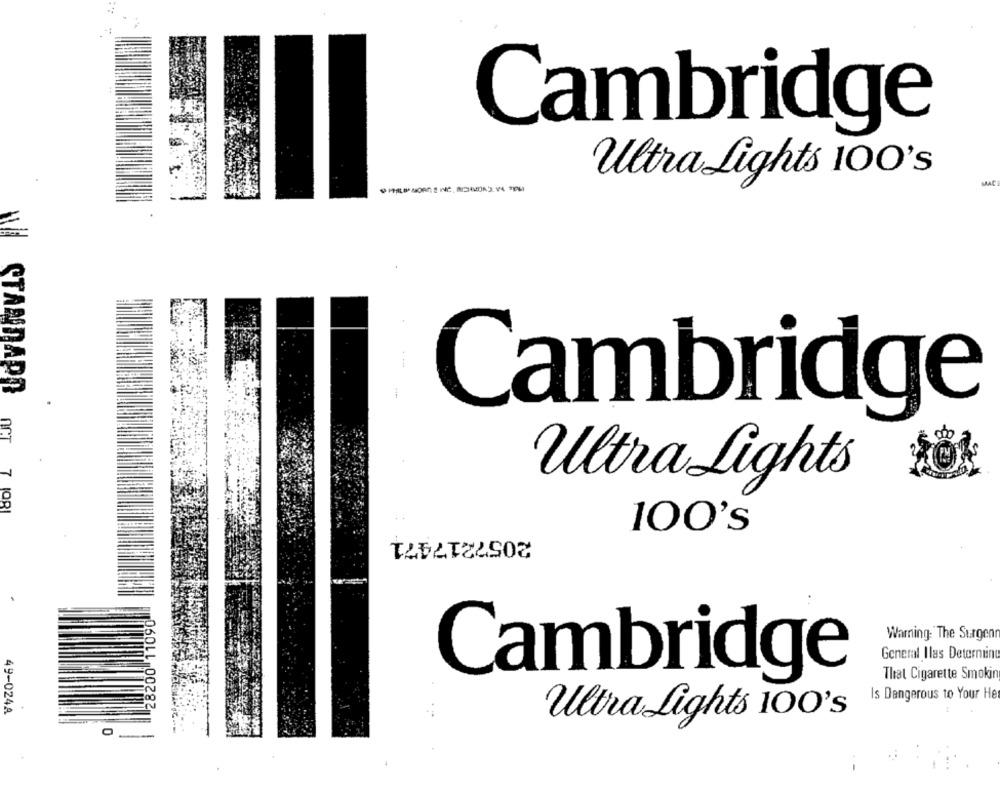
Cambridge
Ultra Lights 100's
STANDAPO
Cambridge
Ultra Lights
nCT 7 1081
100's
2057217471
28200 11090
Warning: The Surgenn
General Ilas Determine
Cambridge
That Cigarette Smoking
Is Dangerous to Your He
49-024A
Ultra Lights 100's